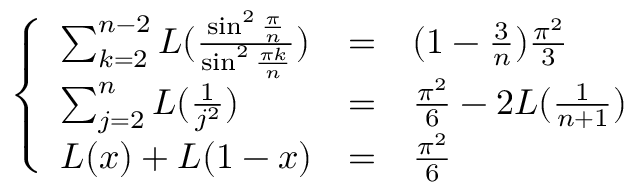
\left\{ \begin{array} { l l l } { { \sum _ { k = 2 } ^ { n - 2 } { \cal L } ( \frac { \sin ^ { 2 } \frac { \pi } { n } } { \sin ^ { 2 } \frac { \pi k } { n } } ) } } & { { = } } & { { ( 1 - \frac { 3 } { n } ) \frac { \pi ^ { 2 } } { 3 } } } \\ { { \sum _ { j = 2 } ^ { n } { \cal L } ( \frac { 1 } { j ^ { 2 } } ) } } & { { = } } & { { \frac { \pi ^ { 2 } } { 6 } - 2 { \cal L } ( \frac { 1 } { n + 1 } ) } } \\ { { { \cal L } ( x ) + { \cal L } ( 1 - x ) } } & { { = } } & { { \frac { \pi ^ { 2 } } { 6 } } } \end{array} \right.